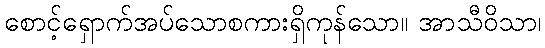
စောင့်ရှောက်အပ်သောစကားရှိကုန်သော။ အာသီဝိသာ၊